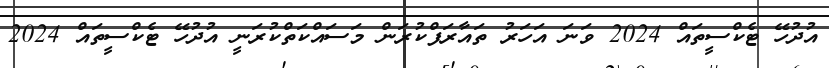
އުދުހޭ ޓެކްސީތައް 2024 ވަނަ އަހަރު ތައާރަފްކުރަން މަސައްކަތްކުރަނީ އުދުހޭ ޓެކްސީތައް 2024